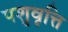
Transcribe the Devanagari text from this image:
पशुवृत्ति